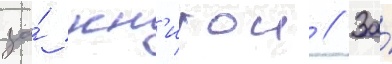
за́ кн'игои // За́